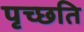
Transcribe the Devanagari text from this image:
पृच्छति